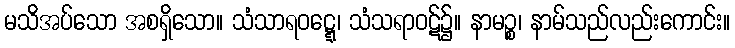
မသိအပ်သော အစရှိသော။ သံသာရဝဋ္ဋေ၊ သံသရာဝဋ်၌။ နာမဉ္စ၊ နာမ်သည်လည်းကောင်း။